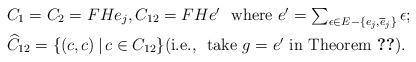
LaTeX: \begin{align*} &\textstyle C_1= C_2=FH e_j, C_{12}=FH e'~~\mbox{where}~ e'=\sum_{\epsilon\in E-\{e_j,\overline e_j\}}\epsilon;\\ &\widehat C_{12}=\{(c,c)\,|\,c\in C_{12}\}(\mbox{i.e.,~ take $g=e'$ in Theorem \ref{Goursat C}}).\end{align*}